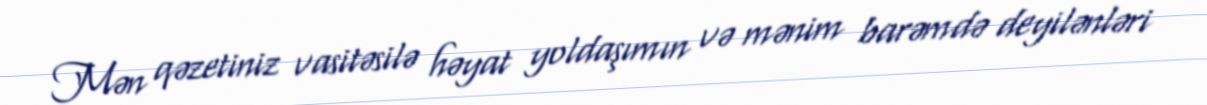
Mən qəzetiniz vasitəsilə həyat yoldaşımın və mənim barəmdə deyilənləri